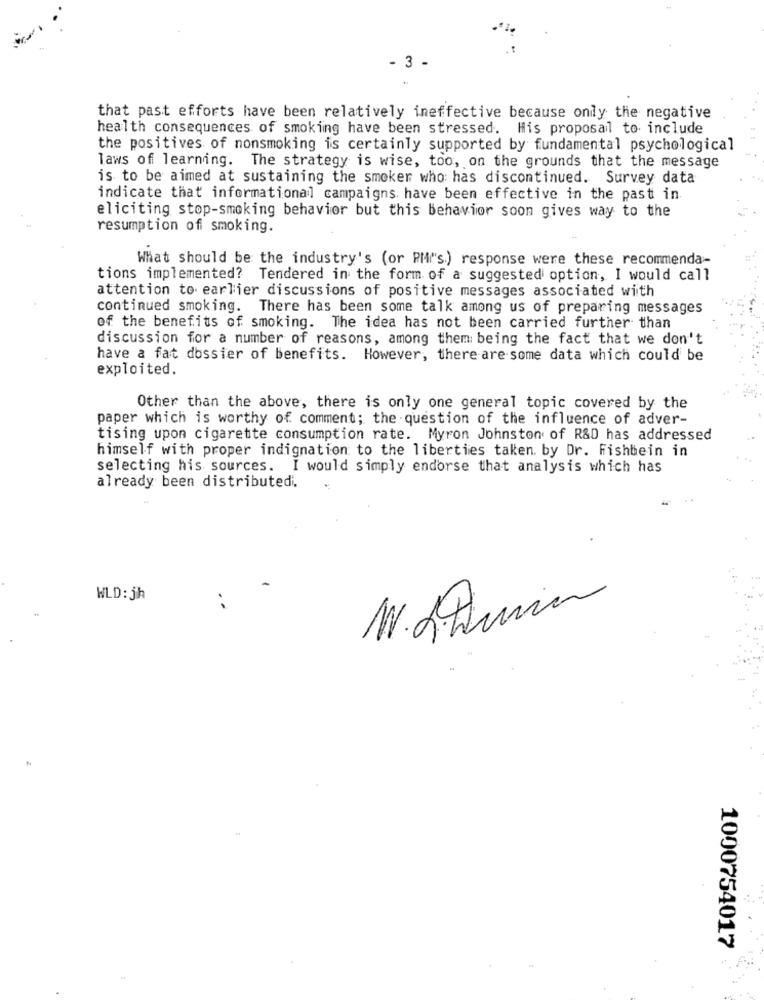
- 3 -
that past efforts have been relatively ineffective because only the negative
health consequences of smoking have been stressed. His proposal to include
the positives of nonsmoking is certainly supported by fundamental psychological
laws of learning. The strategy is wise, too, on the grounds that the message
is to be aimed at sustaining the smoker who has discontinued. Survey data
indicate that informational campaigns have been effective in the past in.
eliciting stop-smoking behavior but this behavior soon gives way to the
resumption of smoking.
What should be the industry's (or PM"s.) response were these recommenda-
tions implemented? Tendered in the form of a suggested option, I would call
attention to earlier discussions of positive messages associated with
continued smoking. There has been some talk among us of preparing messages
of the benefits of smoking. The idea has not been carried further than
discussion for a number of reasons, among them being the fact that we don't
have a fat dossier of benefits. However, there are some data which could be
exploited.
Other than the above, there is only one general topic covered by the
paper which is worthy of comment; the question of the influence of adver-
tising upon cigarette consumption rate. Myron Johnston of R&D has addressed
himself with proper indignation to the liberties taken by Dr. Fishbein in
selecting his sources. I would simply endorse that analysis which has
already been distributedi.
WLD: jh
1000754017